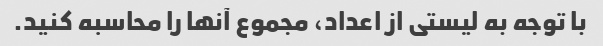
با توجه به لیستی از اعداد، مجموع آنها را محاسبه کنید.